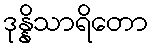
ဒုန္နိသာရိတော